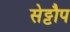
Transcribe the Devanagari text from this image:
सेट्टौप